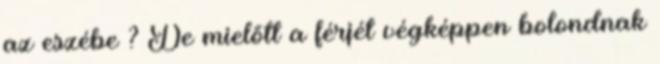
az eszébe ? De mielőtt a férjét végképpen bolondnak